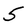
Character: 5